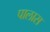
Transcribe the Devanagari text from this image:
पालास